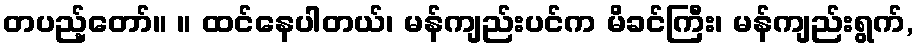
တပည့်တော်။ ။ ထင်နေပါတယ်၊ မန်ကျည်းပင်က မိခင်ကြီး၊ မန်ကျည်းရွက်,